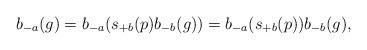
LaTeX: \begin{align*}b_{-a}(g) = b_{-a}(s_{+b}(p) b_{-b}(g)) = b_{-a}(s_{+b}(p))b_{-b}(g), \end{align*}